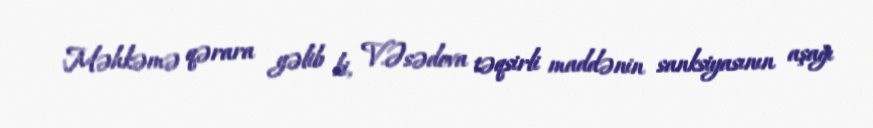
Məhkəmə qərara gəlib ki, V.Əsədova təqsirli maddənin sanksiyasının aşağı